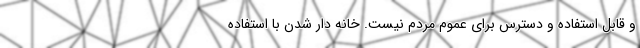
و قابل استفاده و دسترس برای عموم مردم نیست. خانه دار شدن با استفاده